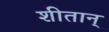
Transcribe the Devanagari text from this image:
शीतान्